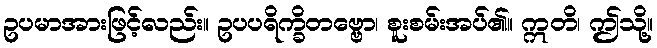
ဥပမာအားဖြင့်လည်း။ ဥပပရိက္ခိတဗ္ဗော၊ စူးစမ်းအပ်၏။ ဣတိ၊ ဤသို့။